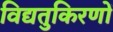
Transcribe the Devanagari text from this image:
विद्यतुकिरणों